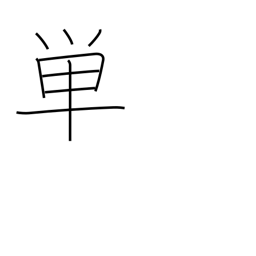
Meaning: merely